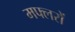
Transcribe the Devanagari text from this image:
मफ्लरों